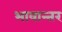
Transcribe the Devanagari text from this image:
भावान्तर